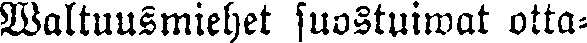
Waltuusmiehet suostuiwat otta-